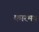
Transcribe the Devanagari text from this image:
कारमय